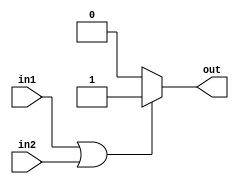
module orModule(in1,in2,out);
	input in1,in2;
	output reg out;
	always@(*) begin
		if(in1 || in2) out = 1;
		else out = 0;
	end
endmodule